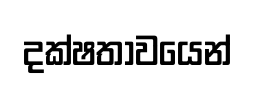
දක්ෂතාවයෙන්